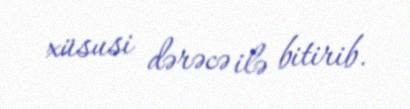
xüsusi dərəcə ilə bitirib.